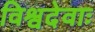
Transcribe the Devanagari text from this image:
विश्वदेवाः